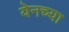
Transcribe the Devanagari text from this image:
येनच्या